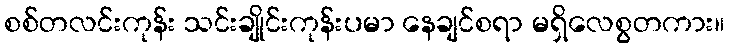
စစ်တလင်းကုန်း သင်းချိုင်းကုန်းပမာ နေချင်စရာ မရှိလေစွတကား။